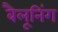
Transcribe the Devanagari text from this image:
बैलूनिंग